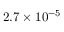
2 . 7 \times 1 0 ^ { - 5 }